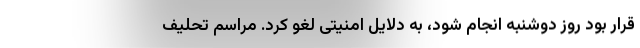
قرار بود روز دوشنبه انجام شود، به دلایل امنیتی لغو کرد. مراسم تحلیف